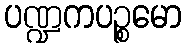
ပဏ္ဍကပဉ္စမော